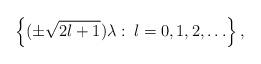
LaTeX: \begin{align*}\left\{(\pm \sqrt{2l+1}) \lambda \, \colon \, l = 0, 1, 2, \ldots \right\},\end{align*}